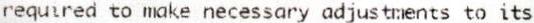
REQUIRED TO MAKE NECESSARY ADJUSTMENTS TO ITS